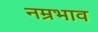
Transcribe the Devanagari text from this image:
नम्रभाव